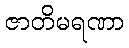
ဇာတိမရဏာ